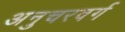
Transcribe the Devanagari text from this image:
अनुचरवर्ग